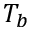
T _ { b }